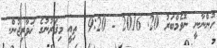
ހުންނާނީ ނޮވެމްބަރު 20